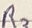
Text: R3